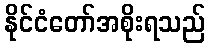
နိုင်ငံတော်အစိုးရသည်